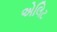
એલિટ